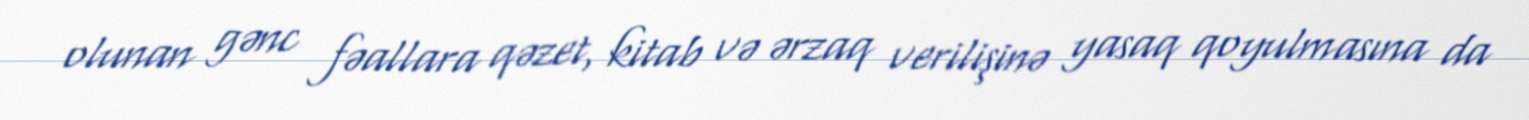
olunan gənc fəallara qəzet, kitab və ərzaq verilişinə yasaq qoyulmasına da